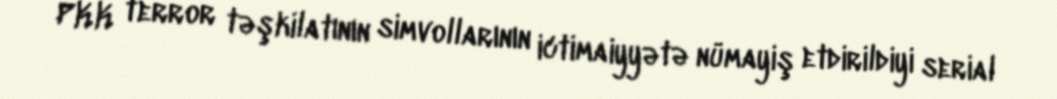
PKK terror təşkilatının simvollarının ictimaiyyətə nümayiş etdirildiyi serial